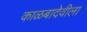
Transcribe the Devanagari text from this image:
काळबादेवीला